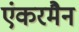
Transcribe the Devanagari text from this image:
एंकरमैन